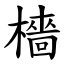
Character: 檣